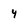
Character: y